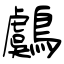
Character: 鸆